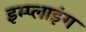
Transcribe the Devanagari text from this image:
इम्प्‍लाइंग